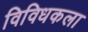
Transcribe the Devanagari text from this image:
विविधकला